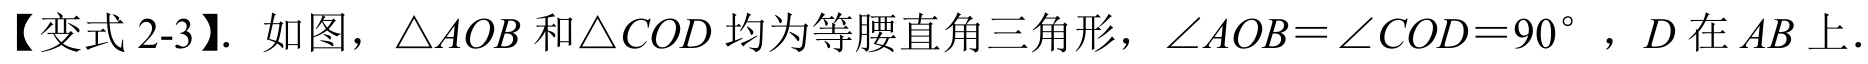
【变式 2-3】. 如图，\(\triangle AOB\) 和\(\triangle COD\) 均为等腰直角三角形，\(\angle AOB=\angle COD = 90^{\circ}\) ，\(D\) 在 \(AB\) 上.